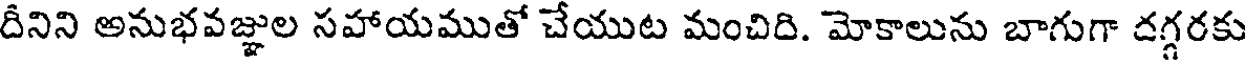
దీనిని అనుభవజ్జుల సహాయముతో చేయుట మంచిది. మోకాలును బాగుగా దగ్గరకు